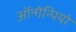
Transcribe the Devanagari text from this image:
ऑन्गेन्पियो